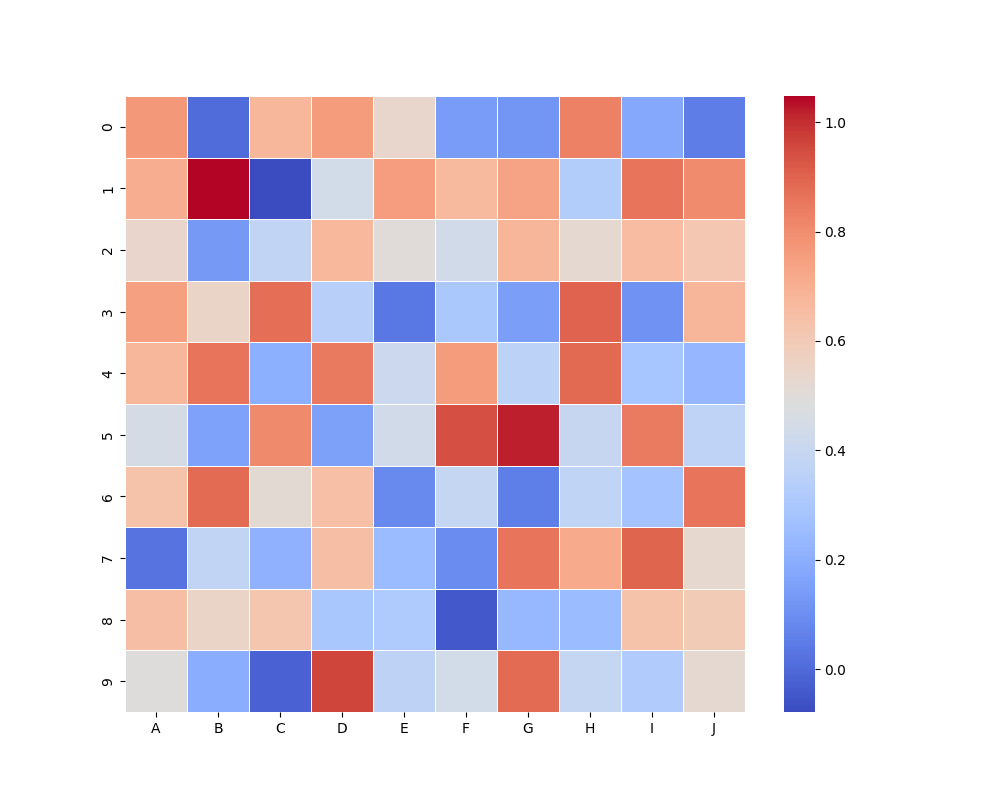
python, seaborn, heatmap, cmap='coolwarm', linewidths=0.5, center=none